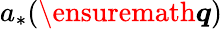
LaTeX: a_{*}(\ensuremath{\boldsymbol{q}})